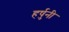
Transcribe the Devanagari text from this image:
हर्षुनी